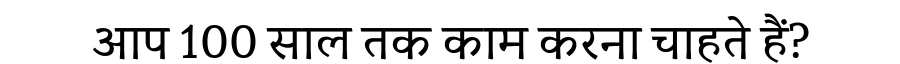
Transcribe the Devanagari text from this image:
आप 100 साल तक काम करना चाहते हैं?